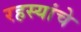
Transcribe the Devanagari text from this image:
रहस्यांचे